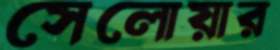
সেলোয়ার